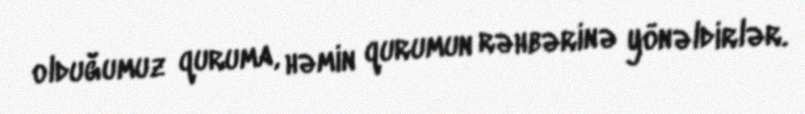
olduğumuz quruma, həmin qurumun rəhbərinə yönəldirlər.